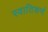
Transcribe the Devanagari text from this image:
स्वातिकर्ण